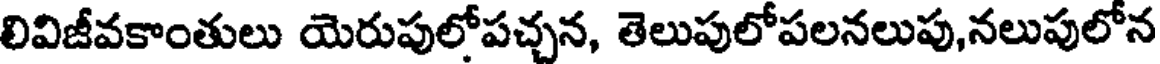
లివిజీవకాంతులు యెరుపులోపచ్చన, తెలుపులోపలనలుపు,నలుపులోన